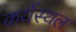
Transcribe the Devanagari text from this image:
कर्यस्थल